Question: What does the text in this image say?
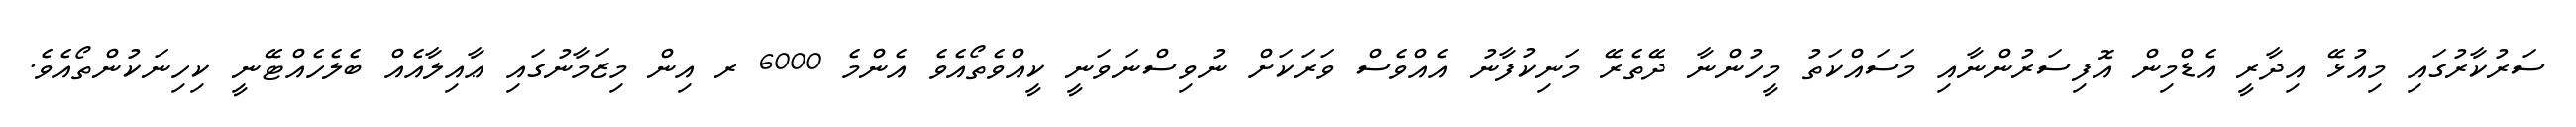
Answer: ސަރުކާރުގައި މިއުޅޭ އިދާރީ އެޑްމިން އޮފިސަރުންނާއި މަސައްކަތު މީހުންނާ ދޭތެރޭ މަނިކުފާނު އެއްވެސް ވަރަކަށް ނުވިސްނަވަނީ ކީއްވެތޯއެވެ އެންމެ 6000 ރ އިން މިޒަމާނުގައި ޢާއިލާއެއް ބެލެހެއްޓޭނީ ކިހިނަކުންތޯއެވެ.